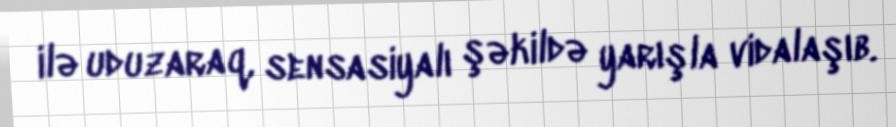
ilə uduzaraq, sensasiyalı şəkildə yarışla vidalaşıb.